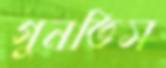
গুনতিস